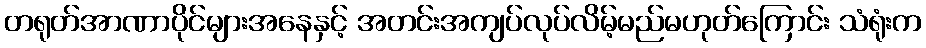
တရုတ်အာဏာပိုင်များအနေနှင့် အတင်းအကျပ်လုပ်လိမ့်မည်မဟုတ်ကြောင်း သံရုံးက